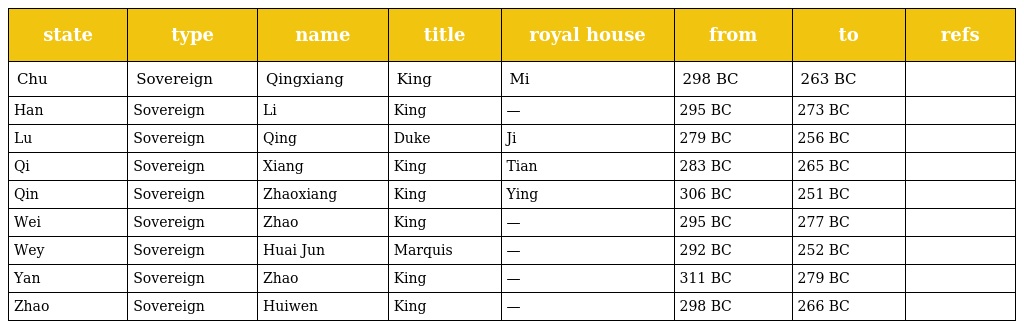
| state | type | name | title | royal house | from | to | refs |
 | --- | --- | --- | --- | --- | --- | --- | --- |
 | Chu | Sovereign | Qingxiang | King | Mi | 298 BC | 263 BC |  |
 | Han | Sovereign | Li | King | — | 295 BC | 273 BC |  |
 | Lu | Sovereign | Qing | Duke | Ji | 279 BC | 256 BC |  |
 | Qi | Sovereign | Xiang | King | Tian | 283 BC | 265 BC |  |
 | Qin | Sovereign | Zhaoxiang | King | Ying | 306 BC | 251 BC |  |
 | Wei | Sovereign | Zhao | King | — | 295 BC | 277 BC |  |
 | Wey | Sovereign | Huai Jun | Marquis | — | 292 BC | 252 BC |  |
 | Yan | Sovereign | Zhao | King | — | 311 BC | 279 BC |  |
 | Zhao | Sovereign | Huiwen | King | — | 298 BC | 266 BC |  |